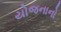
યોજનાનો